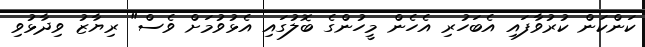
ކަންކަން ކުރުވާފައި އެބަހުރި އެހެން މީހުންގެ ބޮލުގައި އެޅުވުމަށް ވެސް" ރިޔާޒު ވިދާޅުވި